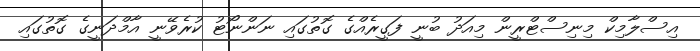
އިސްލާމިކް މިނިސްޓްރީން މިއަދު ބުނީ ފަގީރެއްގެ ގޮތުގައި ނަންނޯޓު ކުރެވޭނީ އާމްދަނީގެ ގޮތުގައި